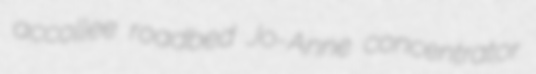
accollee roadbed Jo-Anne concentrator